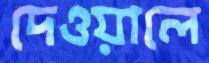
দেওয়ালে